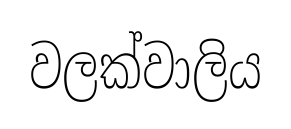
වලක්වාලිය